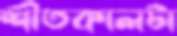
শীতকালটা